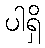
ပါရှိ